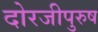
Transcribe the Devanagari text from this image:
दोरजीपुरुष